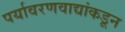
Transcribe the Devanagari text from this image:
पर्यावरणवाद्यांकडून